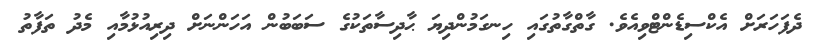
ދެފަހަރަށް އެކްސިޑެންޓްވިއެވެ. ގާތްގާތުގައި ހިނގަމުންދިޔަ ޙާދިސާތަކުގެ ސަބަބުން އަހަންނަށް ދިރިއުޅުމާއި މެދު ތަފާތު